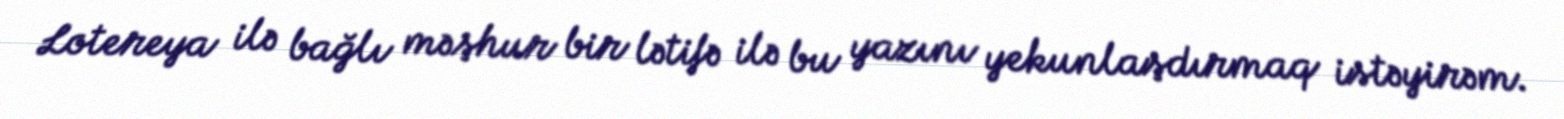
Lotereya ilə bağlı məşhur bir lətifə ilə bu yazını yekunlaşdırmaq istəyirəm.